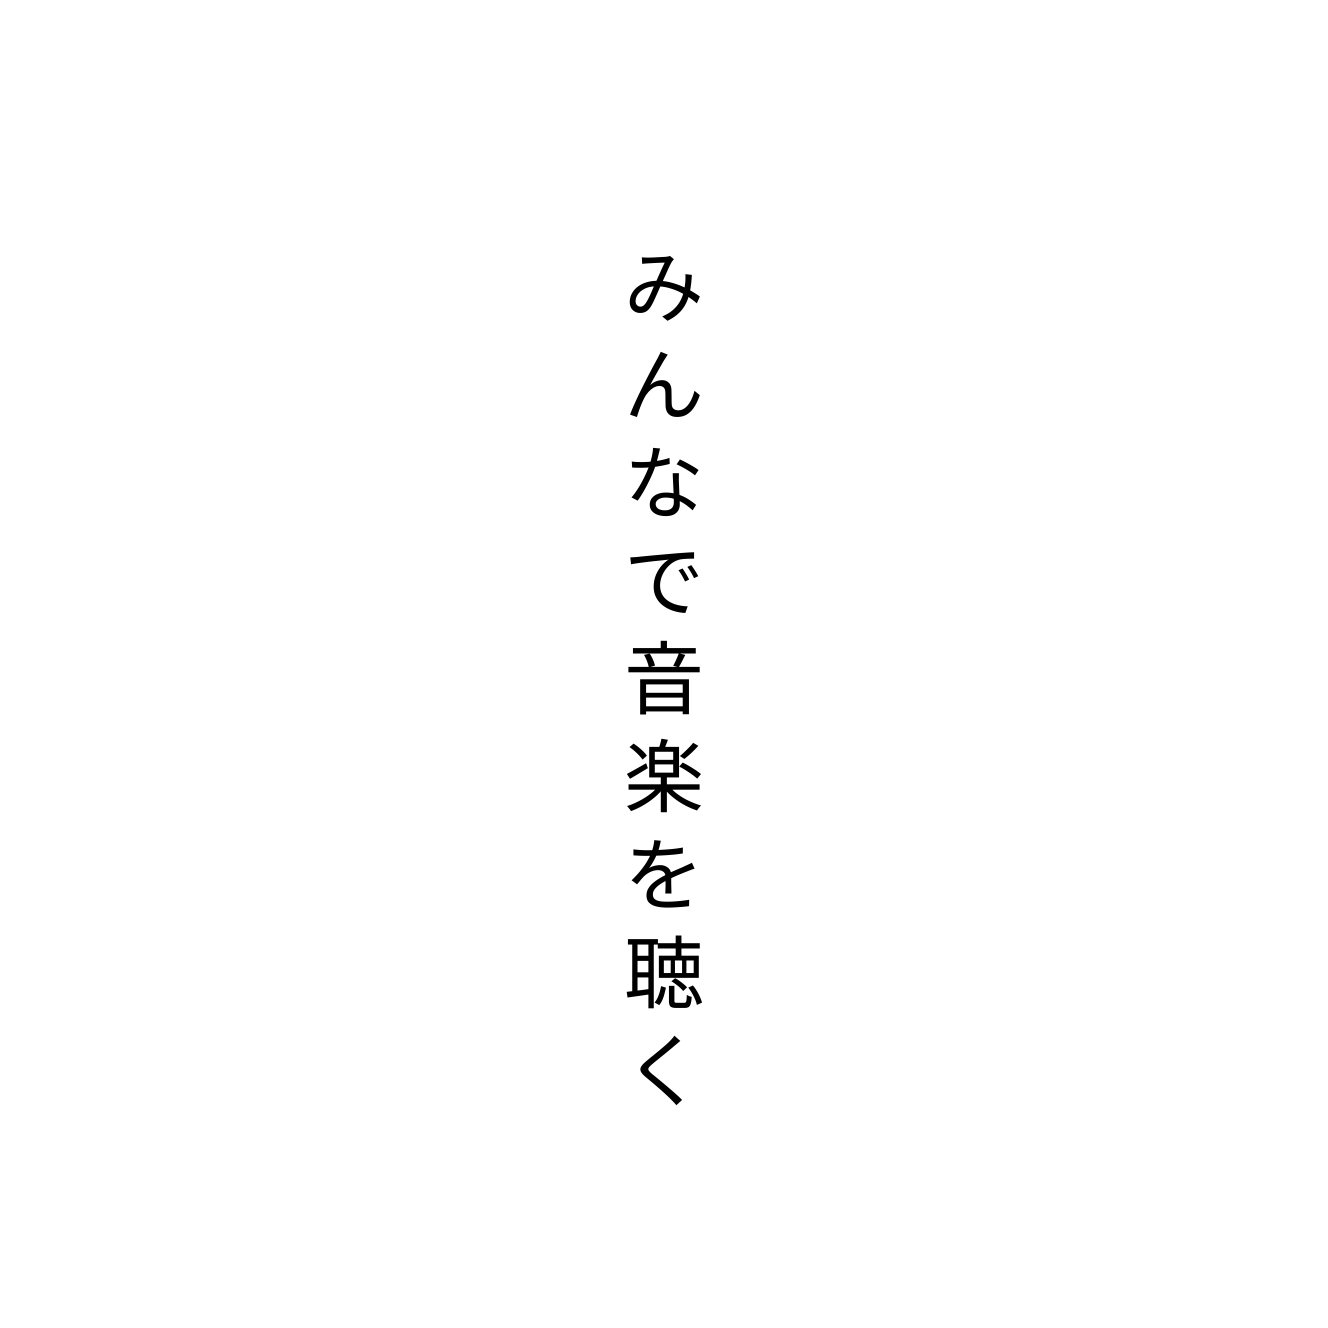
みんなで音楽を聴く